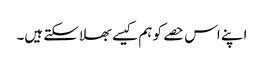
اپنے اس حصے کو ہم کیسے بھلا سکتے ہیں۔